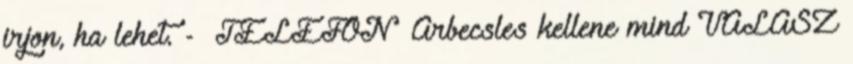
irjon, ha lehet. - TELEFON Arbecsles kellene mind VÁLASZ